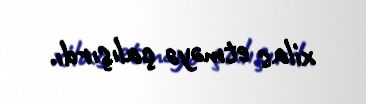
xilas etməyə çalışırdı.